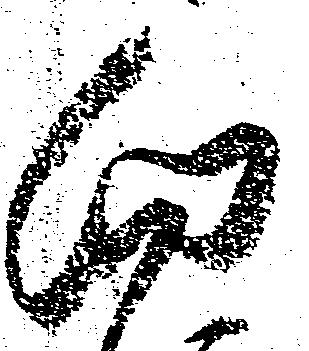
向